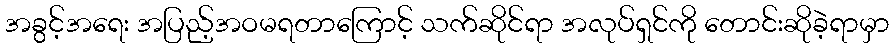
အခွင့်အရေး အပြည့်အဝမရတာကြောင့် သက်ဆိုင်ရာ အလုပ်ရှင်ကို တောင်းဆိုခဲ့ရာမှာ